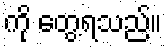
ကို တွေ့ရသည်။